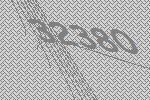
32380